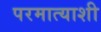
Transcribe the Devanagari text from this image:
परमात्याशी